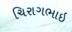
ચિરાગભાઇ